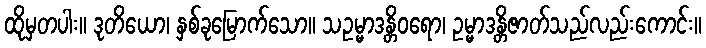
ထိုမှတပါး။ ဒုတိယော၊ နှစ်ခုမြောက်သော။ သဥမ္မာဒန္တိဝရော၊ ဥမ္မာဒန္တိဇာတ်သည်လည်းကောင်း။